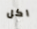
اكل